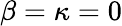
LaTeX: \beta=\kappa=0